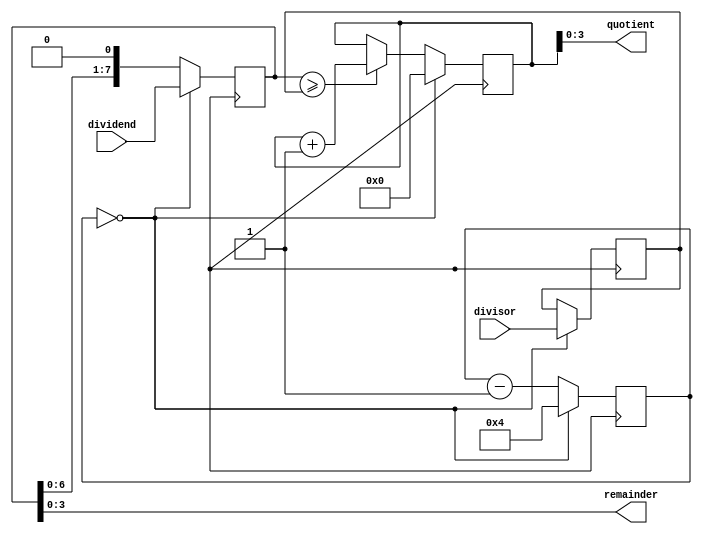
module binary_divider (
  input [7:0] dividend,
  input [3:0] divisor,
  output [3:0] quotient,
  output [3:0] remainder
);

reg [7:0] dividend_reg;
reg [3:0] divisor_reg;
reg [7:0] quotient_reg;
reg [3:0] remainder_reg;
reg [3:0] count;

always @ (posedge clk) begin
  if (count == 0) begin
    dividend_reg <= dividend;
    divisor_reg <= divisor;
    quotient_reg <= 0;
    remainder_reg <= 0;
    count <= 4;
  end else begin
    if (dividend_reg >= divisor_reg) begin
      dividend_reg <= dividend_reg - divisor_reg;
      quotient_reg <= quotient_reg + {1'b0, 1'b0, 1'b0, 1'b1};
    end
    dividend_reg <= dividend_reg << 1;
    count <= count - 1;
  end
end

assign quotient = quotient_reg;
assign remainder = dividend_reg;

endmodule